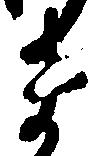
ま